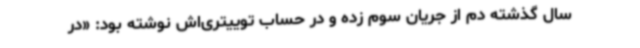
سال گذشته دم از جریان سوم زده و در حساب توییتری‌اش نوشته بود: «در